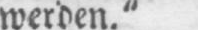
werden.“